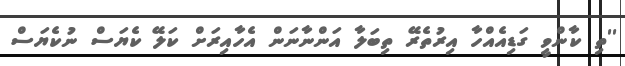
''ތި ކާންވީ ގަޑިއެއްހާ އިރުތެރޭ ތިބަލާ އަންނާނަން އެހާއިރަށް ކަލޭ ކެޔަސް ނުކެޔަސް